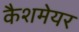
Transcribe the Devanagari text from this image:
कैशमेयर